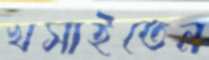
খসাইতেন